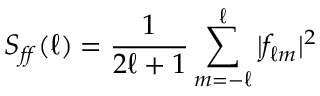
S _ { f \! f } ( \ell ) = { \frac { 1 } { 2 \ell + 1 } } \sum _ { m = - \ell } ^ { \ell } | f _ { \ell m } | ^ { 2 }